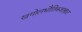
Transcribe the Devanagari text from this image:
खगोलभौतिकशास्त्रात